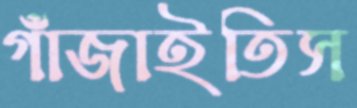
গাঁজাইতিস